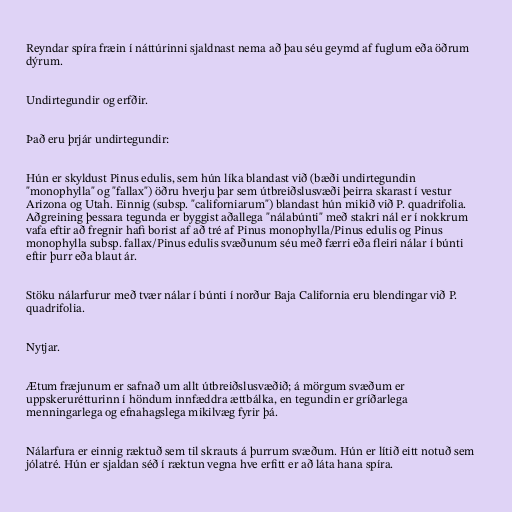
Reyndar spíra fræin í náttúrinni sjaldnast nema að þau séu geymd af fuglum eða öðrum
dýrum.

Undirtegundir og erfðir.

Það eru þrjár undirtegundir:

Hún er skyldust Pinus edulis, sem hún líka blandast við (bæði undirtegundin
"monophylla" og "fallax") öðru hverju þar sem útbreiðslusvæði þeirra skarast í vestur
Arizona og Utah. Einnig (subsp. "californiarum") blandast hún mikið við P. quadrifolia.
Aðgreining þessara tegunda er byggist aðallega "nálabúnti" með stakri nál er í nokkrum
vafa eftir að fregnir hafi borist af að tré af Pinus monophylla/Pinus edulis og Pinus
monophylla subsp. fallax/Pinus edulis svæðunum séu með færri eða fleiri nálar í búnti
eftir þurr eða blaut ár.

Stöku nálarfurur með tvær nálar í búnti í norður Baja California eru blendingar við P.
quadrifolia.

Nytjar.

Ætum fræjunum er safnað um allt útbreiðslusvæðið; á mörgum svæðum er
uppskerurétturinn í höndum innfæddra ættbálka, en tegundin er gríðarlega
menningarlega og efnahagslega mikilvæg fyrir þá.

Nálarfura er einnig ræktuð sem til skrauts á þurrum svæðum. Hún er lítið eitt notuð sem
jólatré. Hún er sjaldan séð í ræktun vegna hve erfitt er að láta hana spíra.